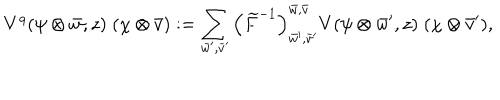
V ^ { q } ( \psi \otimes \bar { w } , z ) \; ( \chi \otimes \bar { v } ) : = \sum _ { \bar { w } ^ { \prime } , \bar { v } ^ { \prime } } \left( \widetilde { F } ^ { - 1 } \right) _ { \bar { w } ^ { \prime } , \bar { v } ^ { \prime } } ^ { \bar { w } , \bar { v } } V ( \psi \otimes \bar { w } ^ { \prime } , z ) \; ( \chi \otimes \bar { v } ^ { \prime } ) ,